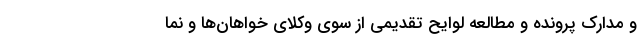
و مدارک پرونده و مطالعه لوایح تقدیمی از سوی وکلای خواهان‌ها و نما